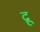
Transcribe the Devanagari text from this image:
द्रू